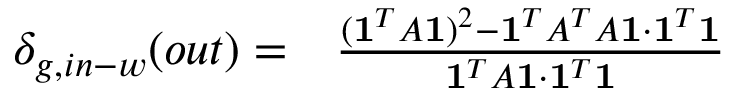
\begin{array} { r l } { \delta _ { g , i n - w } ( o u t ) = } & { { } \frac { ( \mathbf { 1 } ^ { T } A \mathbf { 1 } ) ^ { 2 } - \mathbf { 1 } ^ { T } A ^ { T } A \mathbf { 1 } \cdot \mathbf { 1 } ^ { T } \mathbf { 1 } } { \mathbf { 1 } ^ { T } A \mathbf { 1 } \cdot \mathbf { 1 } ^ { T } \mathbf { 1 } } } \end{array}